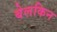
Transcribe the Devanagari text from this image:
बेलकिन